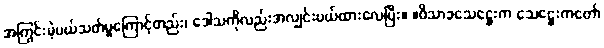
အကြွင်းမဲ့ပယ်သတ်မှုကြောင့်တည်း၊ ဒေါသကိုလည်းအလျှင်းပယ်ထားလေပြီး။ ။ဝိသာခသေဋ္ဌေးက သေဋ္ဌေးကတော်